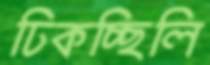
ঢিকচ্ছিলি